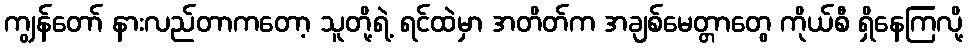
ကျွန်တော် နားလည်တာကတော့ သူတို့ရဲ့ ရင်ထဲမှာ အတိတ်က အချစ်မေတ္တာတွေ ကိုယ်စီ ရှိနေကြလို့